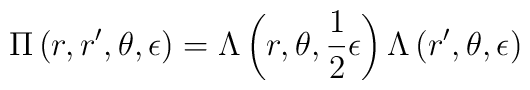
\Pi \left(r,r',\theta ,\epsilon \right) =\Lambda  \left(r, \theta,\frac{1}{2} \epsilon \right) \Lambda\left(r',\theta,\epsilon \right)